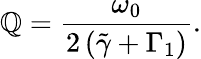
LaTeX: \mathbb{Q}=\frac{{\omega_{0}}}{{2\left(\tilde{{\gamma}}+\Gamma_{1}\right)}}.